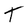
Character: t